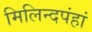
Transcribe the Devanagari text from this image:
मिलिन्दपंहां